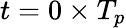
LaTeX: t=0\times T_{p}